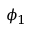
\phi _ { 1 }